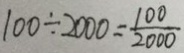
1 0 0 \div 2 0 0 0 = \frac { 1 0 0 } { 2 0 0 0 }